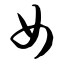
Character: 女